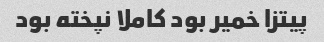
پیتزا خمیر بود کاملا نپخته بود